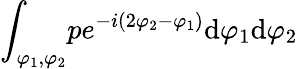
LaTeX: \int_{\varphi_{1},\varphi_{2}}\! pe^{-i(2\varphi_{2}-\varphi_{1})}\mathrm{d}\varphi_{1}\mathrm{d}\varphi_{2}